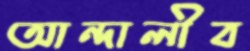
আন্দালীব